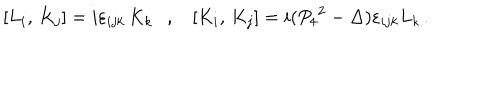
\left[ L _ { i } , \, K _ { j } \right] = i \varepsilon _ { i j k } \, K _ { k } , \left[ K _ { i } , \, K _ { j } \right] = i ( { P _ { 4 } } ^ { 2 } - \Delta ) \varepsilon _ { i j k } L _ { k } \, .